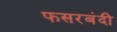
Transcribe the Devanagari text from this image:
फसरबंदी